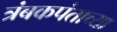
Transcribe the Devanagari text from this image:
त्रंबकपंताच्या